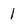
Character: 1